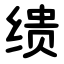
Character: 缋